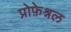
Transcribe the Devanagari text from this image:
प्रोफ़ेश्नल